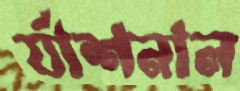
র‍্যাশনাল